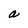
Character: a